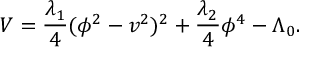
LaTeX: V = { \frac { \lambda _ { 1 } } { 4 } } ( \phi ^ { 2 } - v ^ { 2 } ) ^ { 2 } + { \frac { \lambda _ { 2 } } { 4 } } \phi ^ { 4 } - \Lambda _ { 0 } .